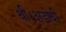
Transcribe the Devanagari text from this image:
थी।अडोबी